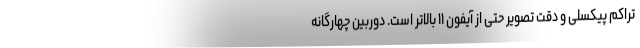
تراکم پیکسلی و دقت تصویر حتی از آیفون ۱۱ بالاتر است. دوربین چهارگانه